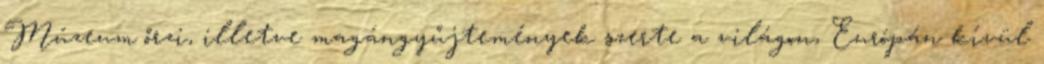
Múzeum őrzi, illetve magángyűjtemények szerte a világon, Európán kívül